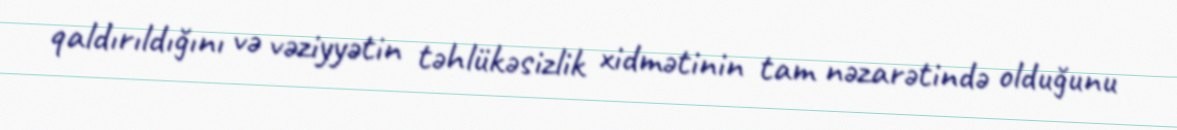
qaldırıldığını və vəziyyətin təhlükəsizlik xidmətinin tam nəzarətində olduğunu